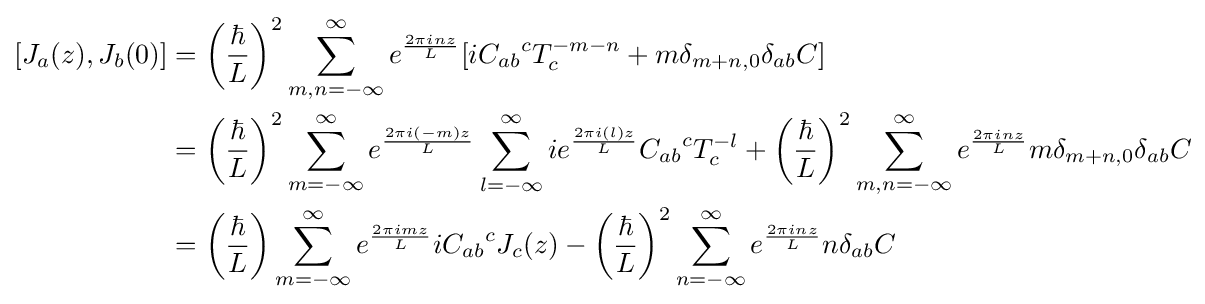
{\begin{aligned}[][J_{a}(z),J_{b}(0)]&=\left({\frac {\hbar }{L}}\right)^{2}\sum _{m,n=-\infty }^{\infty }e^{\frac {2\pi inz}{L}}[i{C_{ab}}^{c}T_{c}^{-m-n}+m\delta _{m+n,0}\delta _{ab}C]\\&=\left({\frac {\hbar }{L}}\right)^{2}\sum _{m=-\infty }^{\infty }e^{\frac {2\pi i(-m)z}{L}}\sum _{l=-\infty }^{\infty }ie^{\frac {2\pi i(l)z}{L}}{C_{ab}}^{c}T_{c}^{-l}+\left({\frac {\hbar }{L}}\right)^{2}\sum _{m,n=-\infty }^{\infty }e^{\frac {2\pi inz}{L}}m\delta _{m+n,0}\delta _{ab}C\\&=\left({\frac {\hbar }{L}}\right)\sum _{m=-\infty }^{\infty }e^{\frac {2\pi imz}{L}}i{C_{ab}}^{c}J_{c}(z)-\left({\frac {\hbar }{L}}\right)^{2}\sum _{n=-\infty }^{\infty }e^{\frac {2\pi inz}{L}}n\delta _{ab}C\end{aligned}}